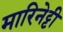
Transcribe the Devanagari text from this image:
मारिनेट्टी